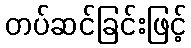
တပ်ဆင်ခြင်းဖြင့်